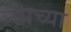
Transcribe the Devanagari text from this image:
नॅपच्या